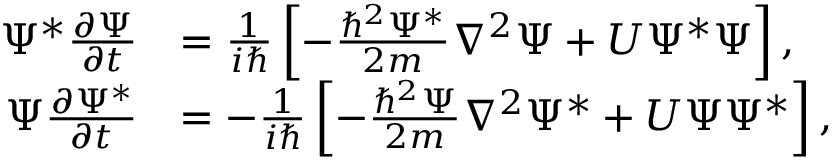
{ \begin{array} { r l } { \Psi ^ { * } { \frac { \partial \Psi } { \partial t } } } & { = { \frac { 1 } { i \hbar } } \left[ - { \frac { \hbar ^ { 2 } \Psi ^ { * } } { 2 m } } \nabla ^ { 2 } \Psi + U \Psi ^ { * } \Psi \right] , } \\ { \Psi { \frac { \partial \Psi ^ { * } } { \partial t } } } & { = - { \frac { 1 } { i \hbar } } \left[ - { \frac { \hbar ^ { 2 } \Psi } { 2 m } } \nabla ^ { 2 } \Psi ^ { * } + U \Psi \Psi ^ { * } \right] , } \end{array} }